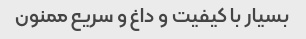
بسیار با کیفیت و داغ و سریع ممنون